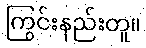
ကြွင်းနည်းတူ။